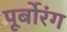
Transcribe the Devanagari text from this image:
पूर्बोरंग